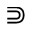
\Supset